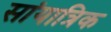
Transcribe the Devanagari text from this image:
सांयात्रिक